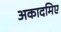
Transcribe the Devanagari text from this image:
अकादमिए